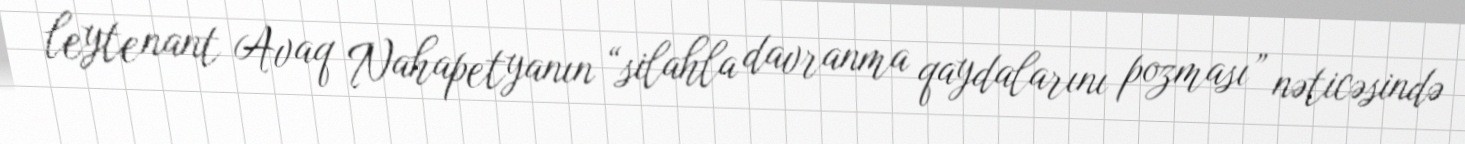
leytenant Avaq Nahapetyanın “silahla davranma qaydalarını pozması” nəticəsində